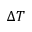
\Delta T